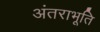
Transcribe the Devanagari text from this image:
अंतराभूति